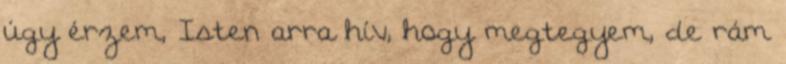
úgy érzem, Isten arra hív, hogy megtegyem, de rám